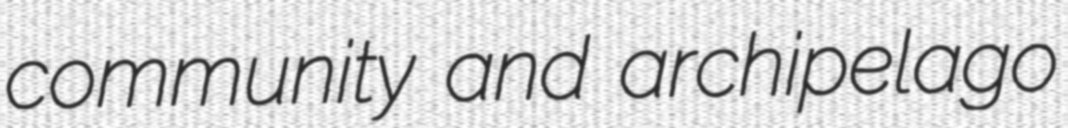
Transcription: community and archipelago